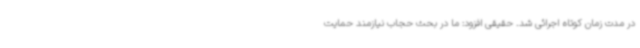
در مدت زمان کوتاه اجرائی شد. حقیقی افزود: ما در بحث حجاب نیازمند حمایت